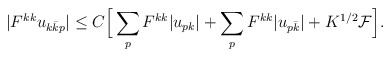
\begin{align*}\begin{aligned} |F^{kk}u_{k\bar kp}| &\leq C\Big[ \sum_pF^{kk}|u_{pk}| + \sum_pF^{kk}|u_{p\bar k}| +K^{1/2}\mathcal{F}\Big]. \end{aligned}\end{align*}